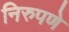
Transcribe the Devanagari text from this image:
निरुपणे